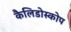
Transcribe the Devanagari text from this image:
कैलिडोस्कोप